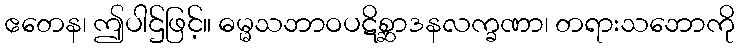
ဧတေန၊ ဤပါဌ်ဖြင့်။ ဓမ္မသဘာဝပဋိစ္ဆာဒနလက္ခဏာ၊ တရားသဘောကို